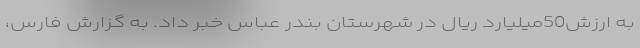
به ارزش50میلیارد ریال در شهرستان بندر عباس خبر داد. به گزارش فارس،